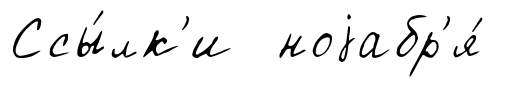
Ссы́лк'и ноjабр'я́